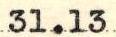
31.13